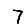
Digit: 7